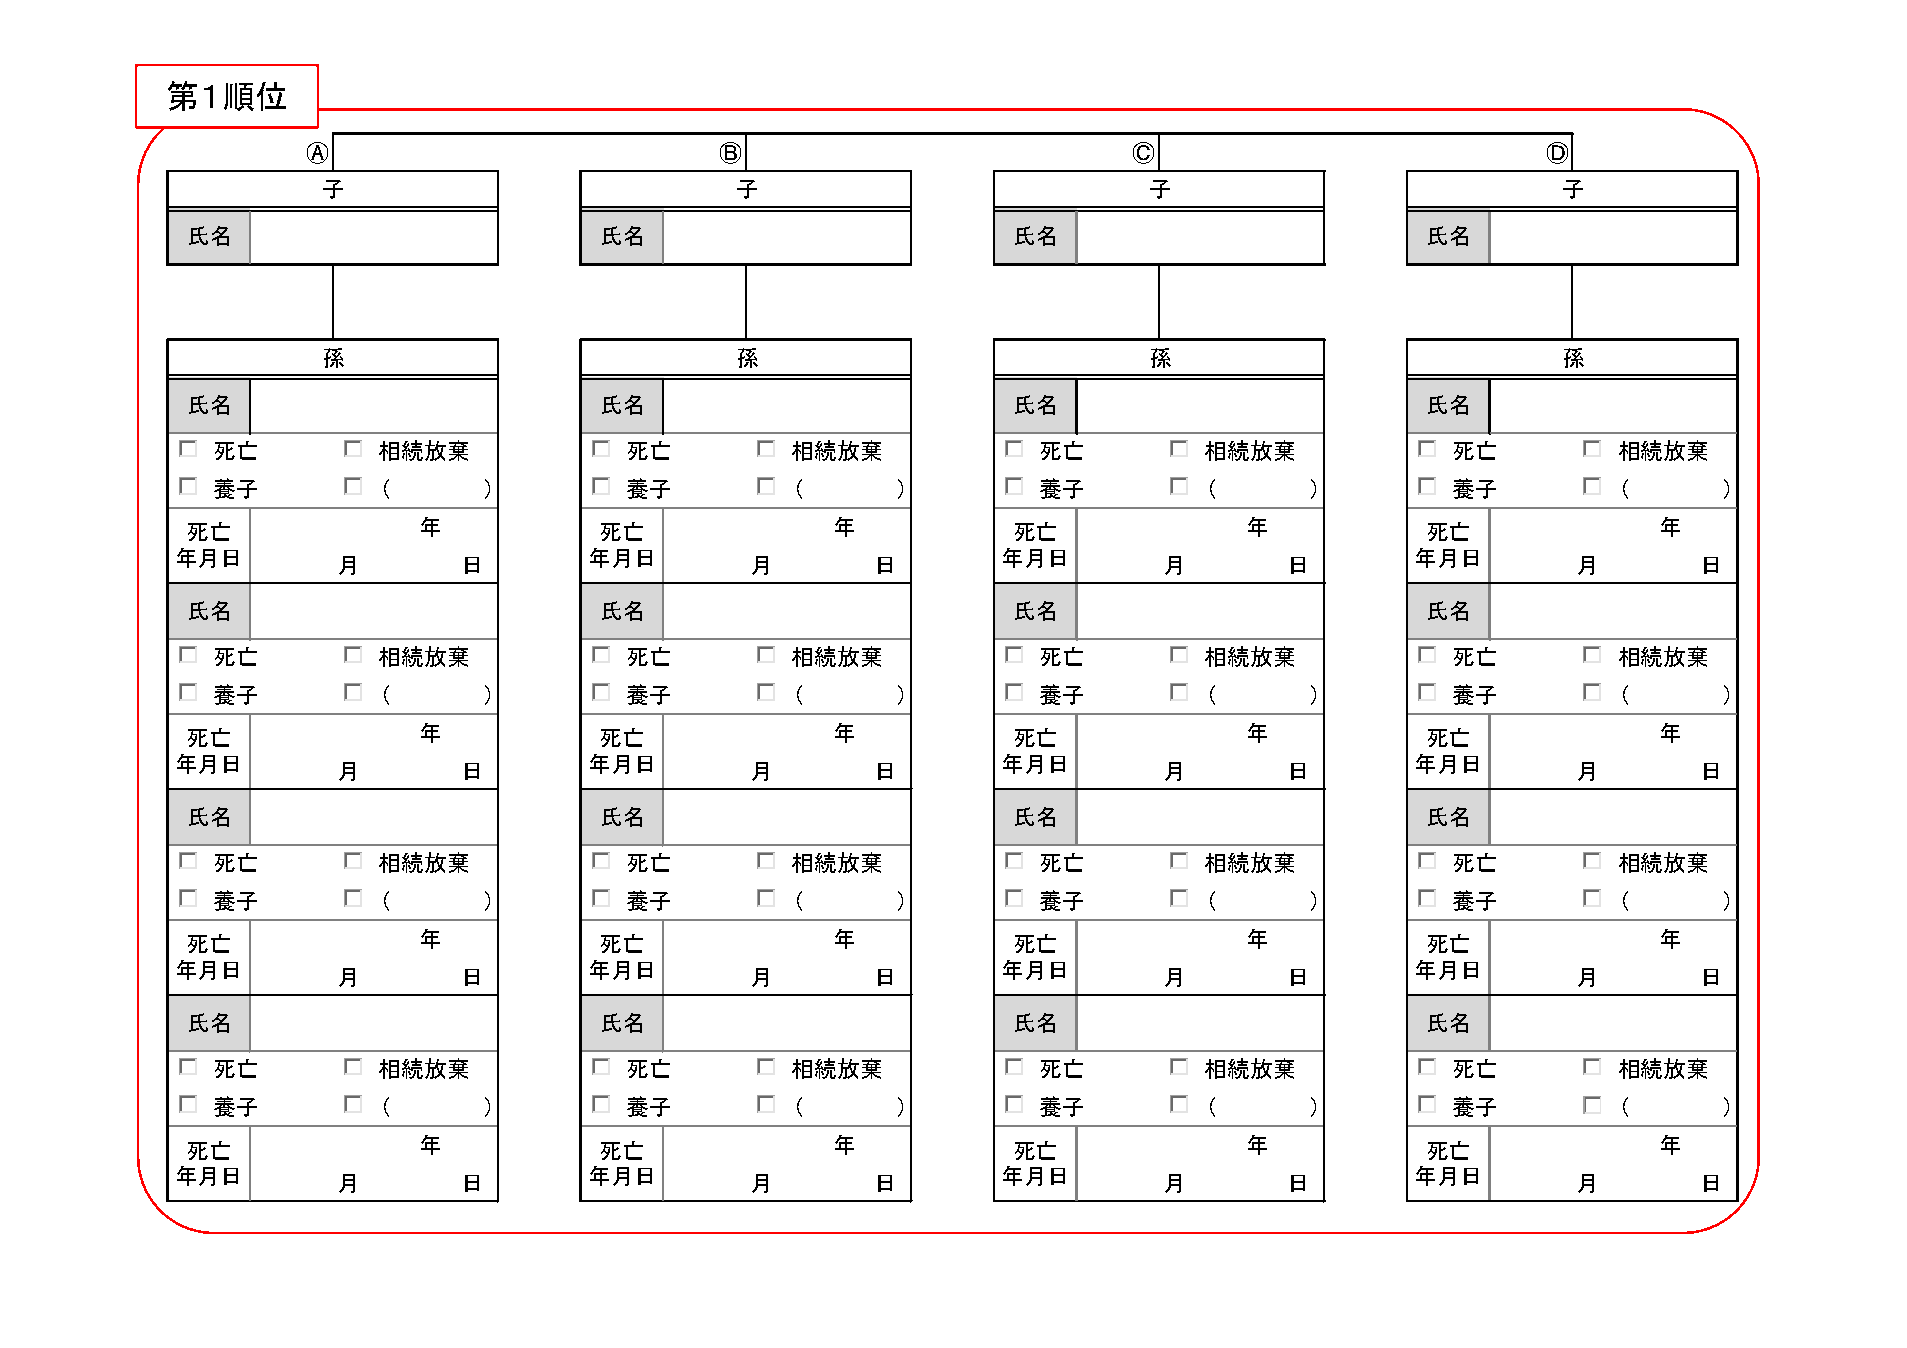
第１順位
 Ⓐ                           Ⓑ                          Ⓒ                          Ⓓ
 子                           子                          子                          子
 氏名                          氏名                         氏名                         氏名
 孫                           孫                          孫                          孫
 氏名                          氏名                         氏名                         氏名
 死亡         相続放棄            死亡         相続放棄             死亡         相続放棄            死亡         相続放棄
 養子         （      ）        養子          （     ）         養子         （      ）        養子         （      ）
 死亡              年           死亡             年           死亡             年           死亡              年
 年月日                        年月日                        年月日                         年月日
 月        日                  月       日                  月       日                  月        日
 氏名                          氏名                         氏名                         氏名
 死亡         相続放棄            死亡         相続放棄             死亡         相続放棄            死亡         相続放棄
 養子         （      ）        養子          （     ）         養子         （      ）        養子         （      ）
 死亡              年           死亡             年           死亡             年           死亡              年
 年月日                        年月日                        年月日                         年月日
 月        日                  月       日                  月       日                  月        日
 氏名                          氏名                         氏名                         氏名
 死亡         相続放棄            死亡         相続放棄             死亡         相続放棄            死亡         相続放棄
 養子         （      ）        養子          （     ）         養子         （      ）        養子         （      ）
 死亡              年           死亡             年           死亡             年           死亡              年
 年月日                        年月日                        年月日                         年月日
 月        日                  月       日                  月       日                  月        日
 氏名                          氏名                         氏名                         氏名
 死亡         相続放棄            死亡         相続放棄             死亡         相続放棄            死亡         相続放棄
 養子         （      ）        養子          （     ）         養子         （      ）        養子         （      ）
 死亡              年           死亡             年           死亡             年           死亡              年
 年月日                        年月日                        年月日                         年月日
 月        日                  月       日                  月       日                  月        日